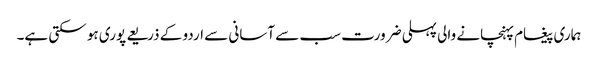
ہماری پیغام پہنچانے والی پہلی ضرورت سب سے آسانی سے اردو کے ذریعے پوری ہو سکتی ہے۔